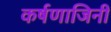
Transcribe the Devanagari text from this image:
कर्षणाजिनी